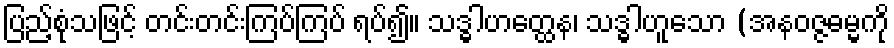
ပြည့်စုံသဖြင့် တင်းတင်းကြပ်ကြပ် ရပ်၍။ သဒ္ဓါဟတ္ထေန၊ သဒ္ဓါဟူသော (အနဝဇ္ဇဓမ္မကို